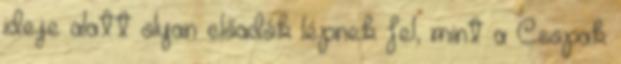
ideje alatt olyan előadók lépnek fel, mint a Csopak